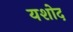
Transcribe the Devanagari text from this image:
यशोद